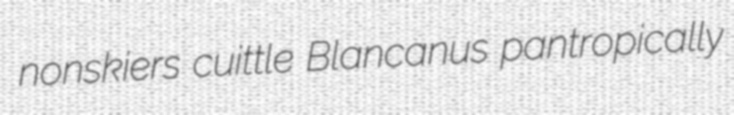
nonskiers cuittle Blancanus pantropically